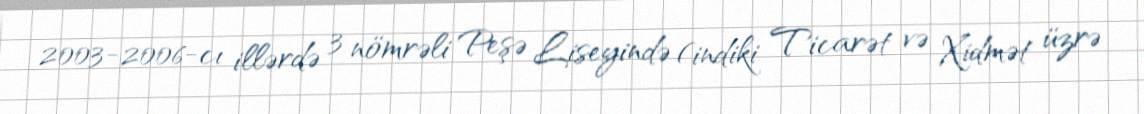
2003-2006-cı illərdə 3 nömrəli Peşə Liseyində (indiki Ticarət və Xidmət üzrə